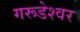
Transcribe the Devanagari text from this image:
गरूडेश्वर